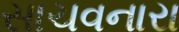
સાચવનારા